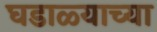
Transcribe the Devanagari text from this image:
घडाळ्याच्या